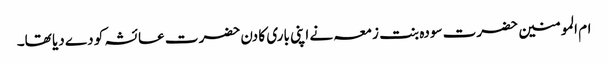
ام المومنین حضرت سودہ بنت زمعہ نے اپنی باری کا دن حضرت عائشہ کو دے دیا تھا۔